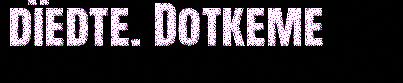
dïedte. Dotkeme